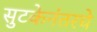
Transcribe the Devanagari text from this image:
सुटकेनंतरचे